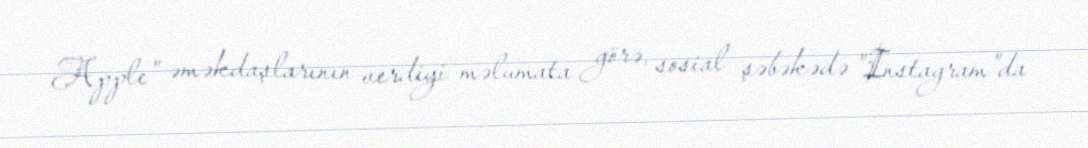
Apple" əməkdaşlarının verdiyi məlumata görə, sosial şəbəkədə "Instagram"da